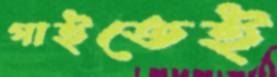
গাইতেই